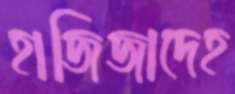
হাজিজাদেহ